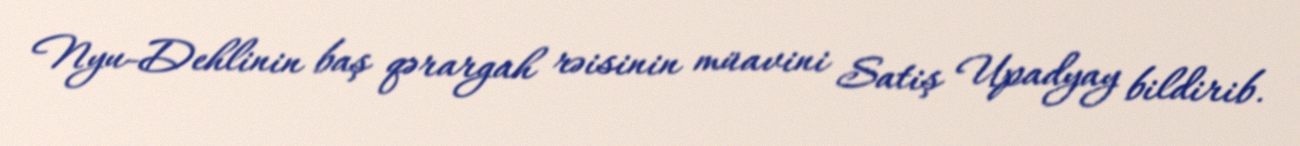
Nyu-Dehlinin baş qərargah rəisinin müavini Satiş Upadyay bildirib.